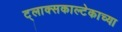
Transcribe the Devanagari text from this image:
ट्लाक्सकाल्टेकाच्या